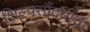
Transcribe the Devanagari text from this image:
शिल्पसौंदर्याचा